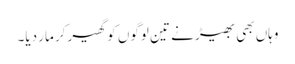
وہاں بھی بھیڑ نے تین لوگوں کو گھیر‌کر مار دیا۔